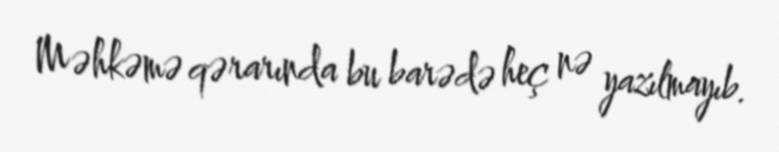
Məhkəmə qərarında bu barədə heç nə yazılmayıb.